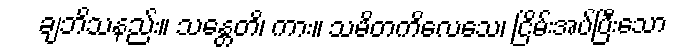
ချဘိသနည်း။ သန္တေတိ၊ ကား။ သမိတကိလေသေ၊ ငြိမ်းအပ်ပြီးသော